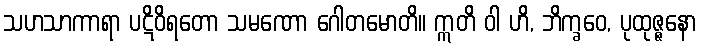
သဟသာကာရာ ပဋိဝိရတော သမဏော ဂေါတမောတိ။ ဣတိ ဝါ ဟိ, ဘိက္ခဝေ, ပုထုဇ္ဇနော